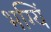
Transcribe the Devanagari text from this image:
भग्यिं